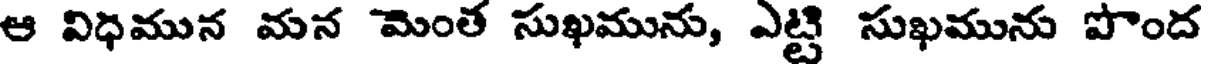
ఆ విధమున మన మెంత సుఖమును, ఎట్టి సుఖమును పొంద